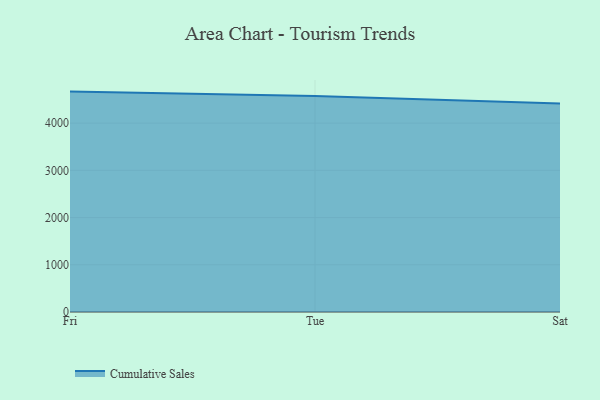
{"axis": {"x": "Day", "y": "Customer Acquisition Cost (USD)"}, "legend": ["Cumulative Sales"], "data": [{"x": "Fri", "y": 4667.5, "type": "Cumulative Sales"}, {"x": "Tue", "y": 4575.1, "type": "Cumulative Sales"}, {"x": "Sat", "y": 4413.6, "type": "Cumulative Sales"}]}